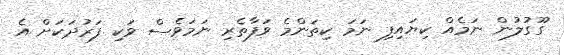
ގޫގުލުން ނަމެއް ކިޔައިފި ނަމަ ކިތަންމެ ވަފާތެރި ނަމަވެސް ވަކި ފަރުދަކަށް އެ